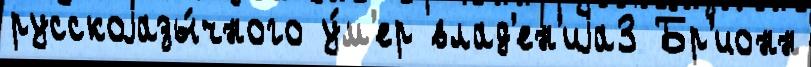
русскоjазы́чного у́м'ер влад'ен'иjа3 Бр'ионн